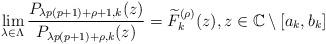
LaTeX: \begin{align*}\lim_{\lambda\in\Lambda}\frac{P_{\lambda p(p+1)+\rho+1,k}(z)}{P_{\lambda p(p+1)+\rho,k}(z)}=\widetilde{F}_{k}^{(\rho)}(z),z\in\mathbb{C}\setminus[a_{k},b_{k}]\end{align*}